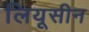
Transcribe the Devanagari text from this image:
लियूसीन